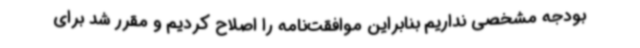
بودجه مشخصی نداریم بنابراین موافقت‌نامه را اصلاح کردیم و مقرر شد برای